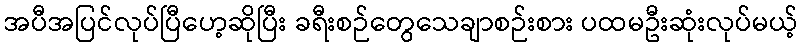
အပီအပြင်လုပ်ပြီဟေ့ဆိုပြီး ခရီးစဉ်တွေသေချာစဉ်းစား ပထမဦးဆုံးလုပ်မယ့်